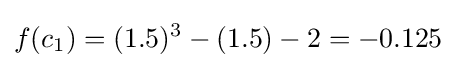
f(c_{1})=(1.5)^{3}-(1.5)-2=-0.125